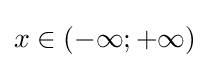
x\in (-\infty ;+\infty )\!